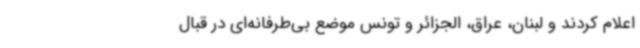
اعلام کردند و لبنان، عراق، الجزائر و تونس موضع بی‌طرفانه‌ای در قبال